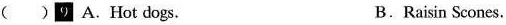
( ) 9 A.Hot dogs. B.Raisin Scones.